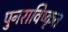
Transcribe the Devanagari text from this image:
पुनराविष्कृत